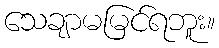
သေချာမမြင်ရဘူး။